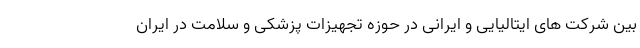
بین شرکت های ایتالیایی و ایرانی در حوزه تجهیزات پزشکی و سلامت در ایران